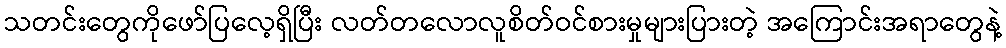
သတင်းတွေကိုဖော်ပြလေ့ရှိပြီး လတ်တလောလူစိတ်ဝင်စားမှုများပြားတဲ့ အကြောင်းအရာတွေနဲ့